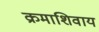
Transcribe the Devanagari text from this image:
क्रमाशिवाय